Annual administration report of the Civil Veterinary Department of India - 1895-1896
Year: 1895
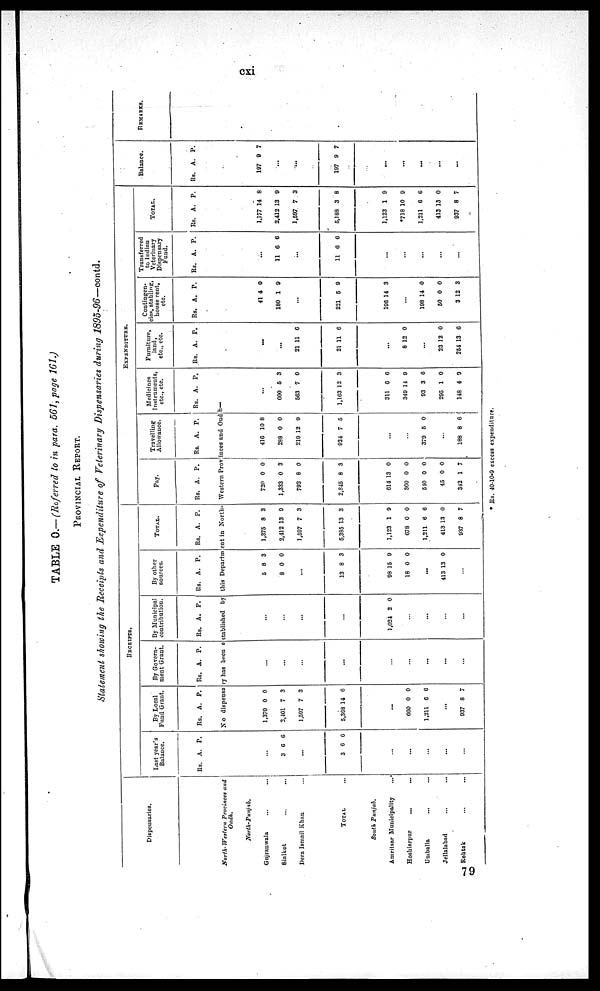
cxi
TABLE O.— (Referred to in para. 561, page 161.)
PROVINCIAL REPORT.
Statement showing the Receipts and Expenditure of Veterinary Dispensaries during 1895-96—contd.
Dispensaries.
North-Western Provinces and
Oudh.
North-Punjab.
Gujranwala ... ...
Sialkot ... ...
Dera Ismail Khan ...
TOTAL ...
South Punjab.
Amritsar Municipality ...
Hoshinrpur ... ...
Umballa ... ...
Jellalabad ... ...
Rohtak ... ...
RECEIPIS.
Last year
Balance
Rs.
A. P.
...
3 6 6
...
3 6 6
...
...
...
...
...
By Local
Fund Grant
Rs.
A. P.
By Govern-
ment Grant.
Rs. A. P.
By Municipal
contribution.
Rs.
A. P.
By other
sources.
Rs.
A. P.
TOTAL.
Rs.
A. P.
EXPENDITURE.
Pay.
Rs.
A. P.
Travelling
Allowance.
Rs.
A. P.
Medicines
instruments,
etc., etc.
Rs.
A. P.
No dispensary has been established by this Department in North- Western Provinces and Oudh—
1,370
2,401
1,597
5,368
0
7
7
14
0
3
3
6
...
660
1,211
...
937
0
6
8
0
6
7
...
...
...
...
...
...
...
...
...
...
...
...
...
1,024 2 0
...
...
...
...
5
8
8
0
3
0
...
13 8 3
98
18
15
0
9
0
...
413 13 0
...
1,375
2,412
1,597
5,385
8
13
7
13
3
9
3
3
1,123
678
1,211
413
937
1
0
6
13
8
9
0
6
0
7
720
1,333
792
2,845
0
0
8
8
0
3
0
3
614
360
510
45
312
13
0
0
0
1
0
0
0
0
7
416
288
219
924
10
0
12
7
8
0
9
5
...
...
379 5 0
...
188 8 6
...
000
503
1,163
5
7
12
3
0
3
311
349
93
295
148
6
14
3
1
4
6
9
6
0
9
Furniture,
land,
etc., etc.
Rs. A. P.
...
...
21
21
11
11
0
6
...
8 12
...
23
254
12
13
0
0
0
Contingen-
cies, stabling,
house rent,
etc.
Rs.
A. P.
41
180
4
1
0
9
...
221 5 9
190 1 4 3
...
198
50
3
14
0
12
0
0
3
Transferred
to Indian
Dispensary
Fund.
Rs. A. P.
...
11 6 6
...
11 6 6
...
...
...
...
...
TOTAL.
Rs.
A. P.
1.177
2,412
1,597
5,188
14
13
7
3
8
0
3
8
1, 123
*718
1, 211
413 1
937
1
10
6
3
8
9
9
6
0
7
Balance.
Rs.
A. P.
197 9 7
...
...
197 9 7
...
...
...
...
...
REMARKS.
* Rs. 40-10-9 excess expenditure.
79